Lunatic asylums Punjab 1881-1894 - 1881-1894
Year: 1881
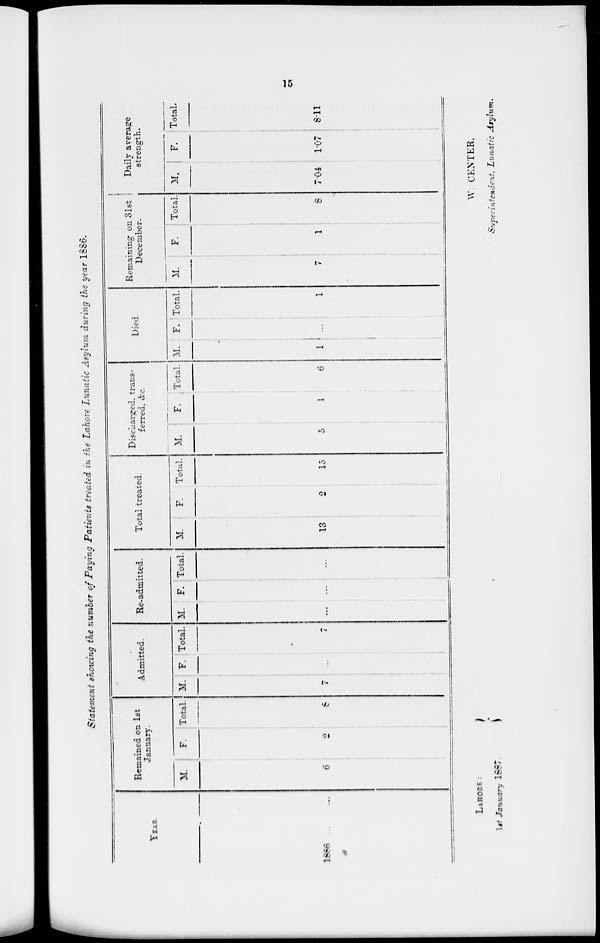
15
Statement showing the number of Paying Patients treated in the Lahore Lunatic Asylum during the year 1886.
YEAR.
1886
Remained on 1st
January.
M.
6
F.
2
Total.
8
Admitted.
M.
7
F.
...
Total.
7
Re-admitted.
M.
...
F.
...
Total.
...
Total treated.
M.
13
F.
2
Total.
15
Discharged trans-
ferred, &c.
M.
5
F.
1
Total.
6
Died.
M.
1
F.
...
Total.
1
Remaining on 31st
December.
M.
7
F.
1
Total.
8
Daily average
strength.
M.
7.04
F.
1.07
Total.
8.11
LAHORE:
1st January 1887.
W. CENTER.
Superintendent, Lunatic Asylum.